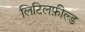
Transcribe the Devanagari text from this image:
लिटिलफ़ील्ड